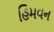
હિમવન